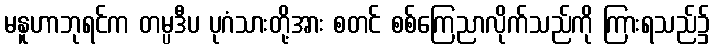
မနူဟာဘုရင်က တမ္ပဒီပ ပုဂံသားတို့အား စတင် စစ်ကြေညာလိုက်သည်ကို ကြားရသည်၌